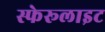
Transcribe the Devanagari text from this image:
स्फेरूलाइट